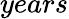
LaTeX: years